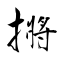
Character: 摪